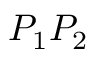
P _ { 1 } P _ { 2 }